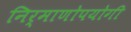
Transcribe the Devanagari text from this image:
निर्माणोपयोगी